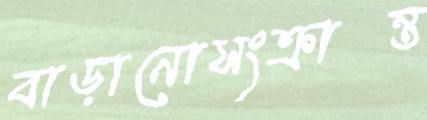
বাড়ানোসংক্রান্ত